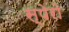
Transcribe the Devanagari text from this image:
स्पेरो